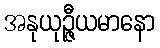
အနုယုဉ္ဇီယမာနော